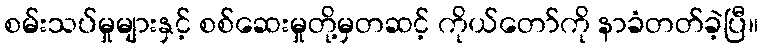
စမ်းသပ်မှုများနှင့် စစ်ဆေးမှုတို့မှတဆင့် ကိုယ်တော်ကို နာခံတတ်ခဲ့ပြီ။